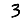
Digit: 3